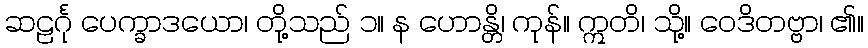
ဆဠင်္ဂု ပေက္ခာဒယော၊ တို့သည် ၁။ န ဟောန္တိ၊ ကုန်။ ဣတိ၊ သို့။ ဝေဒိတဗ္ဗာ၊ ၏။